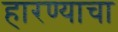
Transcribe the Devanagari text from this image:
हारण्याचा